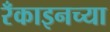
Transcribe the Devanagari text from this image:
रँकाइनच्या